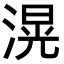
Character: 滉